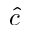
\widehat { c }